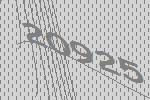
20925